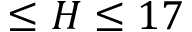
\leq H \leq 1 7